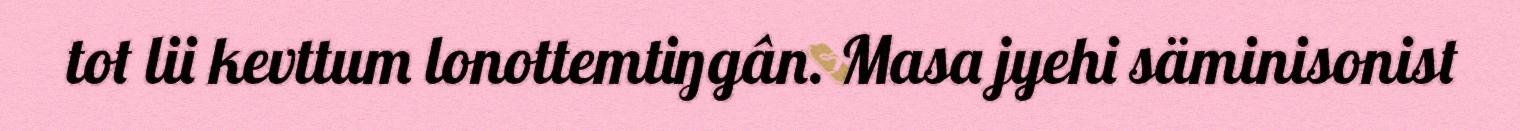
tot lii kevttum lonottemtiŋgân. Masa jyehi säminisonist